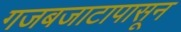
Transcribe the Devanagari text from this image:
गजबजाटापासून